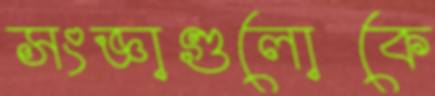
সংজ্ঞাগুলোকে